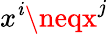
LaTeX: x^{\mathit{i}}\neqx^{j}